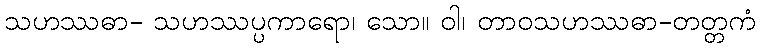
သဟဿဓာ- သဟဿပ္ပကာရော၊ သော။ ဝါ၊ တာဝသဟဿဓာ-တတ္တကံ